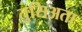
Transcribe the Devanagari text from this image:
तुसिअता